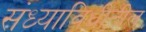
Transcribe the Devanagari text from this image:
संध्याविधीतील